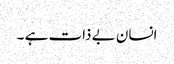
انسان بے ذات ہے ۔